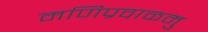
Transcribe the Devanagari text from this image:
मणिप्रवाळमु